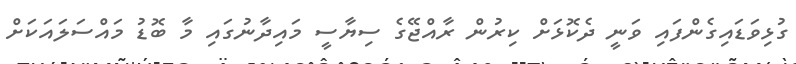
ގުޅިވަޑައިގެންފައި ވަނީ ދެކޮޅަށް ކިރުން ރާއްޖޭގެ ސިޔާސީ މައިދާނުގައި މާ ބޮޑު މައްސަލައަކަށް